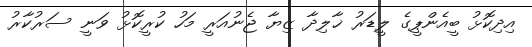
އިދިކޮޅު ބީއެންޕީގެ ލީޑަރު ޚާލިދާ ޒިޔާ ޖެނުއަރީ މަހު ކުރީކޮޅު ވަނީ ސަރުކާރު